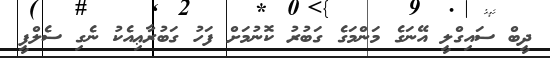
ދީބް ސައިގްލީ އޭނަގެ މަންމަގެ ގަބުރު ކޮނުމަށް ފަހު ގަބުރާޢިއެކު ނެގި ސެލްފީ